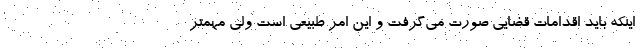
اینکه باید اقدامات قضایی صورت می‌گرفت و این امر طبیعی است ولی مهمتر